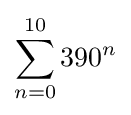
\sum _{n=0}^{10}{390}^{n}